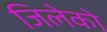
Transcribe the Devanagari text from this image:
जिलेको